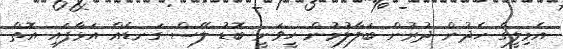
އެމިލީގެ ހެދުން ދުރުން ބަލާލުމުން ހީވަނީ ބޮޑު ލޭސް ގަނޑެއް އަޅާފައި އޮތް